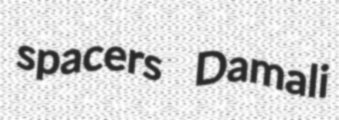
spacers Damali